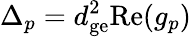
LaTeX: \Delta_{p}=d_{\mathrm{ge}}^{2}\mathrm{Re}(g_{p})